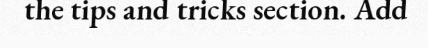
the tips and tricks section. Add